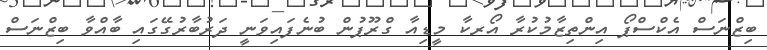
ބިޒްނަސް އެކްސްޕޯ އިންތިޒާމުކުރާ އޯރކާ މީޑިއާ ގްރޫޕުން ބުނެފައިވަނީ ދަރުބާރުގޭގައި ބާއްވާ ބިޒްނަސް